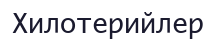
Хилотерийлер